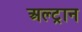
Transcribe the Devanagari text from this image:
अल्ट्रान